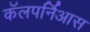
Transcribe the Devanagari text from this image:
कॅलपर्निआस